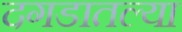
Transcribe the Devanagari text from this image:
दगडातल्या